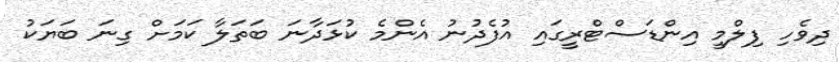
ދިވެހި ފިލްމީ އިންޑަސްޓްރީގައި އުފެދުނު އެންމެ ކުޅަދާނަ ބަތަލާ ކަމަށް ގިނަ ބަޔަކު